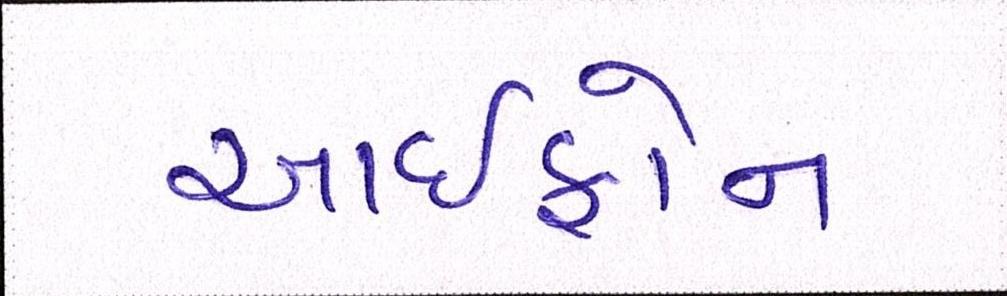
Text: આઇફોન